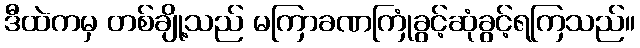
ဒီထဲကမှ တစ်ချို့သည် မကြာခဏကြုံခွင့်ဆုံခွင့်ရကြသည်။